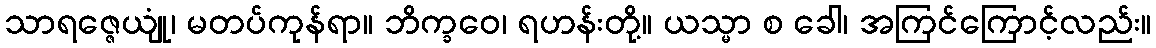
သာရဇ္ဇေယျုံ၊ မတပ်ကုန်ရာ။ ဘိက္ခဝေ၊ ရဟန်းတို့။ ယသ္မာ စ ခေါ၊ အကြင်ကြောင့်လည်း။